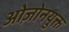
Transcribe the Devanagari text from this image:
ओज़ोनयुक्त